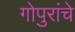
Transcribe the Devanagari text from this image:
गोपुरांचे